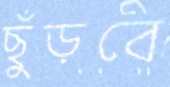
ছুঁড়বে